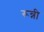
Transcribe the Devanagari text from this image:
रून्नी